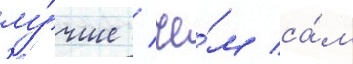
лу́чше / че́м са́м